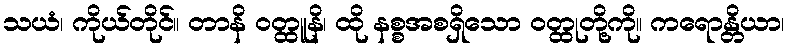
သယံ၊ ကိုယ်တိုင်။ တာနိ ဝတ္ထူနိ၊ ထို နစ္စအစရှိသော ဝတ္ထုတို့ကို။ ကရောန္တိယာ၊